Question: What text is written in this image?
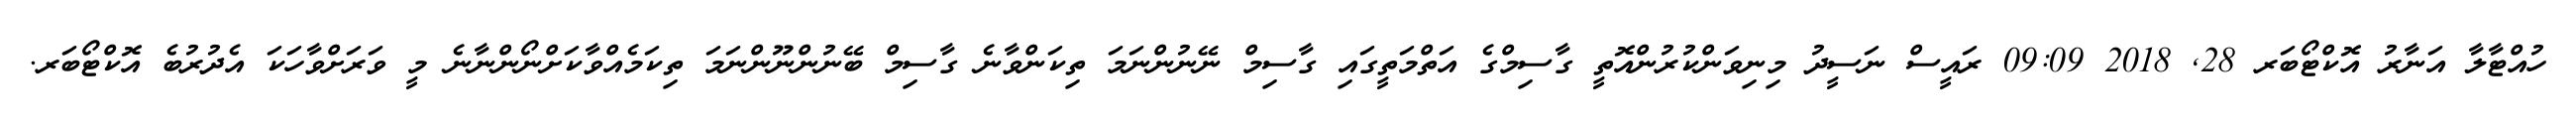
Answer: ހުއްޓާލާ އަނާރު އޮކްޓޯބަރ 28, 2018 09:09 ރައީސް ނަސީދު މިނިވަންކުރުންއޮތީ ގާސިމްގެ އަތްމަތީގައި ގާސިމް ނޭނުންނަމަ ތިކަންވާނެ ގާސިމް ބޭނުންނޫންނަމަ ތިކަމެއްވާކަށްނޯންނާނެ މީ ވަރަށްވާހަކަ އެދުރުބެ އޮކްޓޯބަރ.